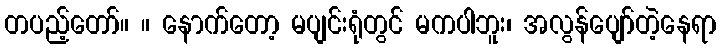
တပည့်တော်။ ။ နောက်တော့ မပျင်းရုံတွင် မကပါဘူး၊ အလွန်ပျော်တဲ့နေရာ